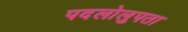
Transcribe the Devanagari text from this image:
पदलोलुपता